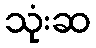
သုံးဆ